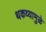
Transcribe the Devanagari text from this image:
थकव्यामुळे